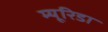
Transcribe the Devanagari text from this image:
म्यूरिडा